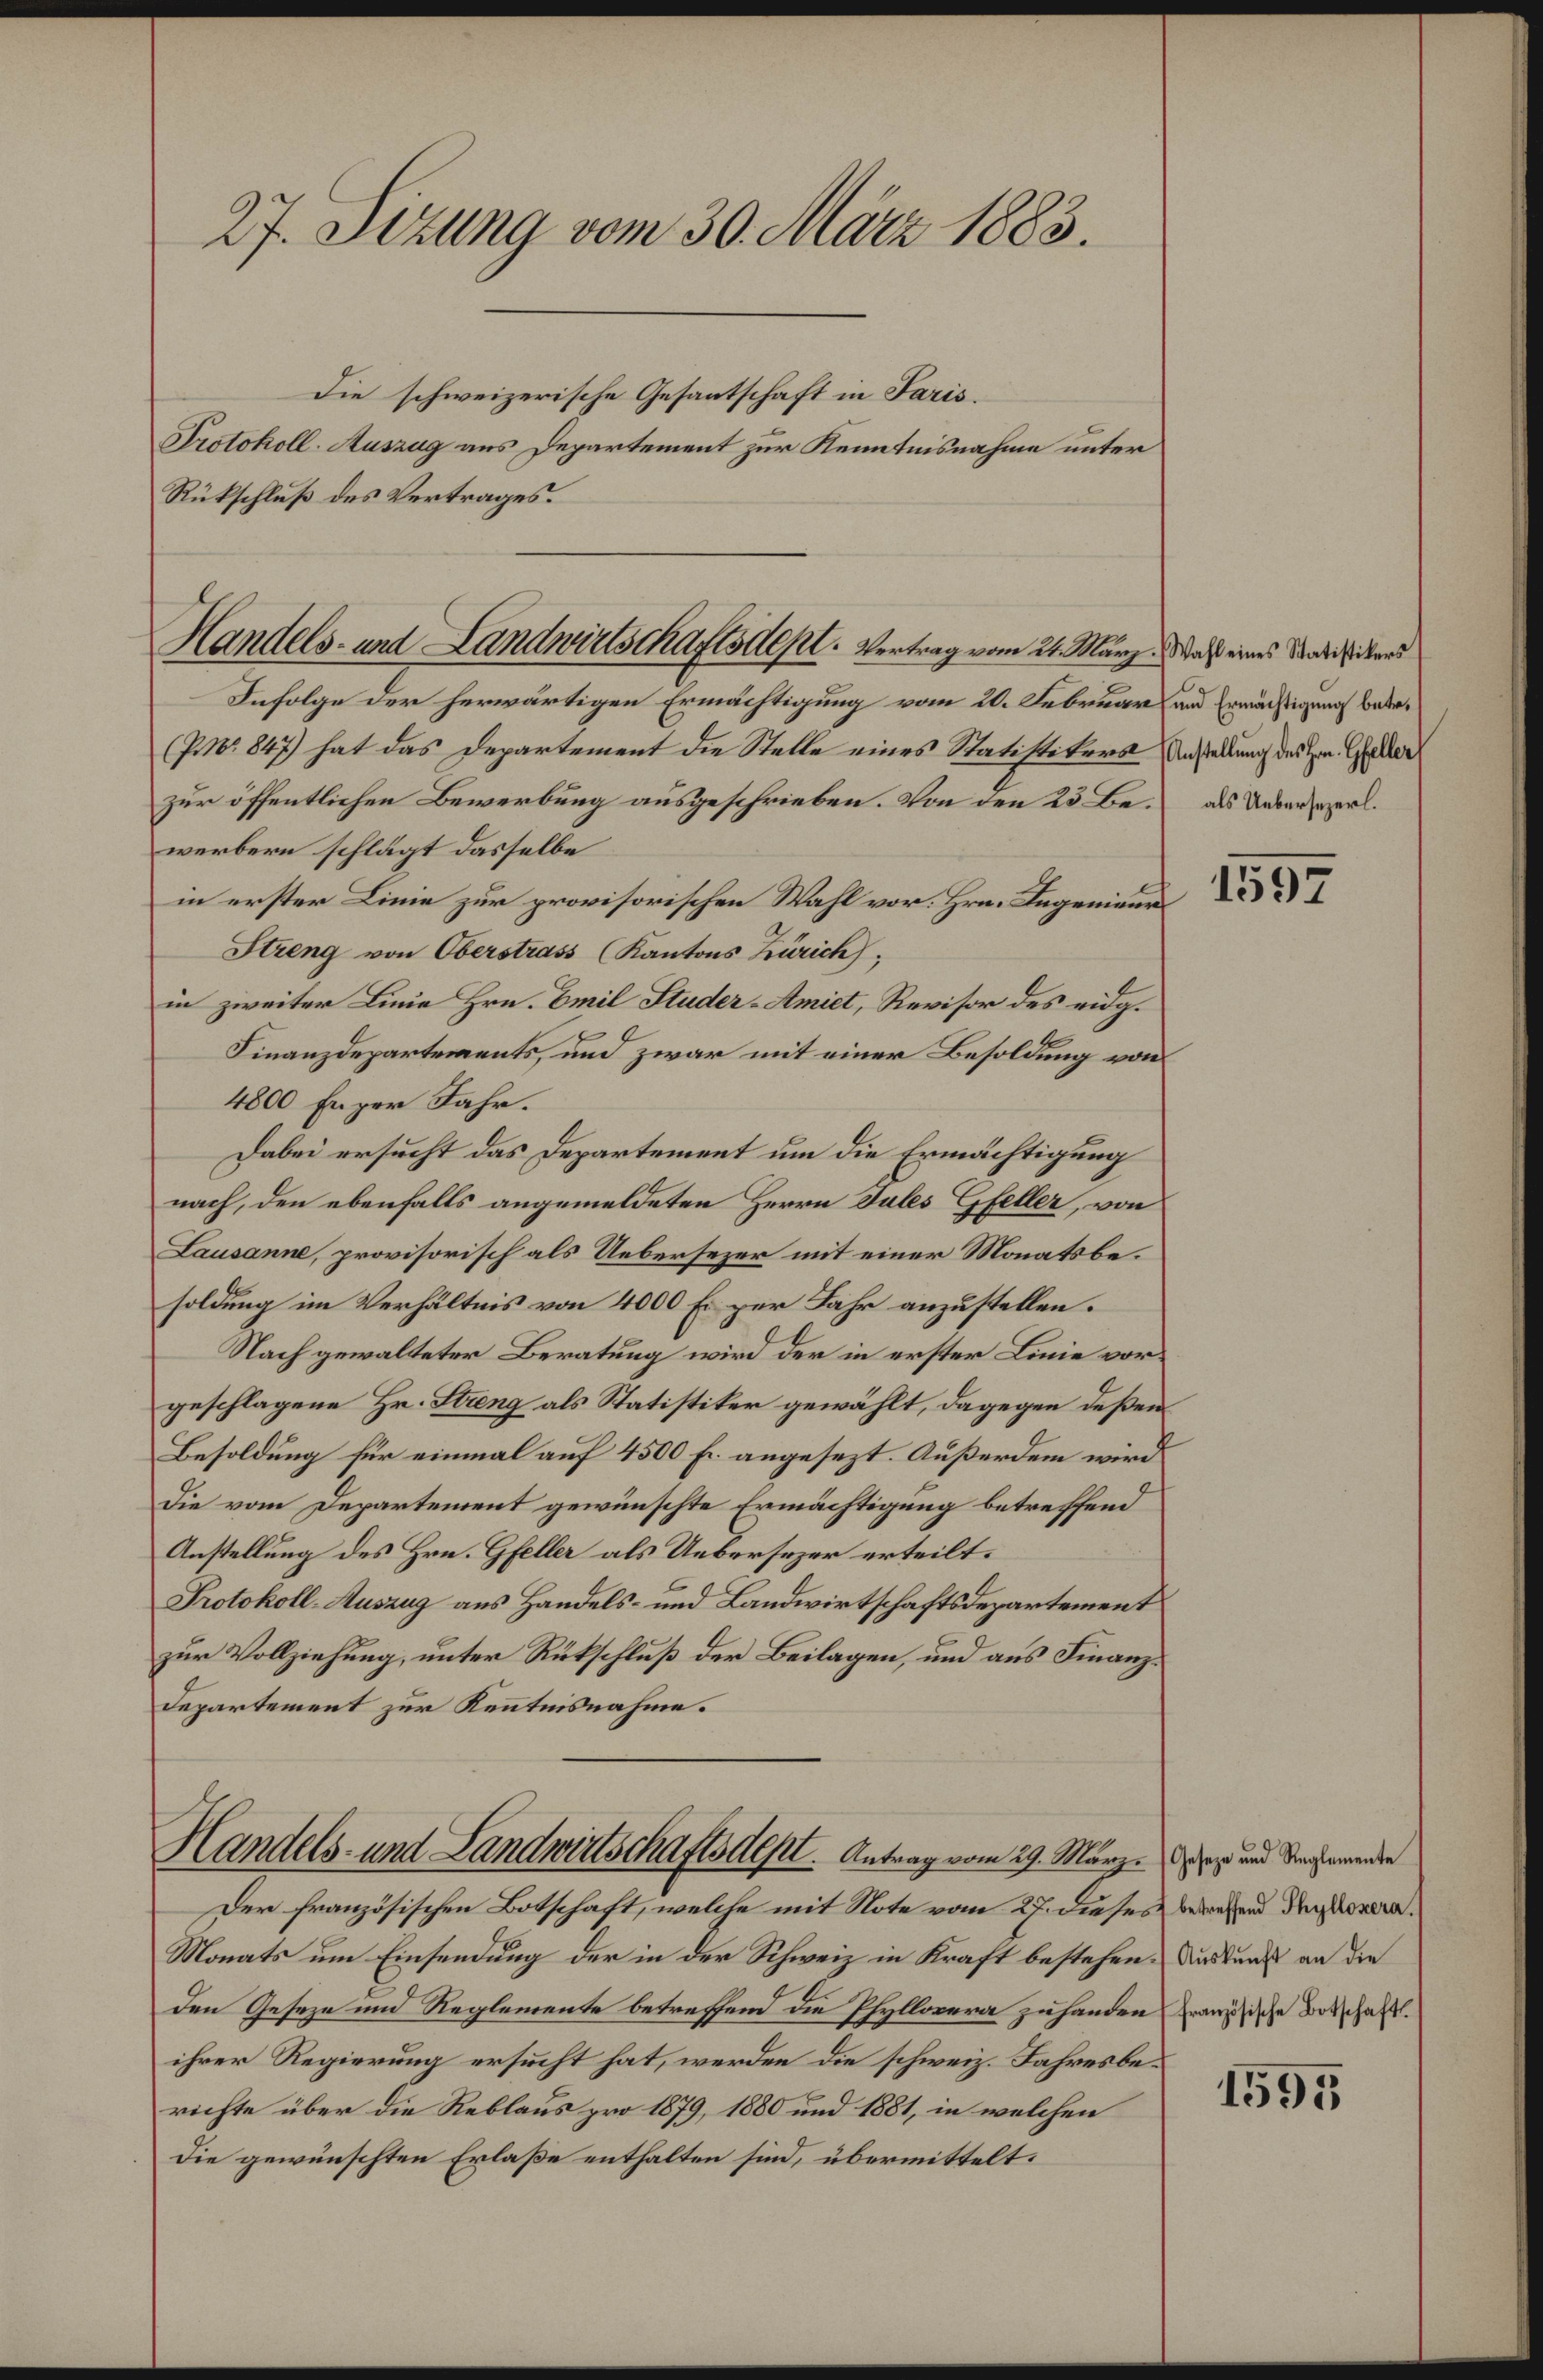
27. Sizung vom 30. März 1883.

Die schweizerische Gesantschaft in Paris.
Protokoll-Auszug aus Departement zur Kenntnisnahme unter
Rückschluß des Vertrages.

Handels- und Landwirtschaftsdept. Vertrag vom 24. März, daß eines Stadeisitend

Infolge der herwärtigen Ermächtigung vom 20. Februar und Ermächtigung bede¬
(P.Nr. 847) hat das Departement die Stelle eines Statistikers Anstellung des Hrn. Galler
zur öffentlichen Bewerbung ausgeschrieben. Von den 23 Be- als Uebersezerl.
werbern schlägt dasselbe
in erster Linie zur provisorischen Wahl vor. Hrn. Angenieur
Streng von Oberstrass (Kantons Zürich
in zweiter Linie Hrn. Emil Studer-Amiet, Revisor des eidg¬
Finanzdepartements, und zwar mit einer Besoldung von
4800 Enger Jahr.
Dabei ersucht das Departement um die Ermächtigung
nach, den ebenfalls angemeldeten Herrn Jules Gfeller, von
Lausanne, provisorisch als Uebersezer mit einer Monatsbesoldung im Verhältnis von 4000 Er zur Jahr anzustellen.
Nach gewalteter Beratung wird der in erster Linie vorgeschlagene Hr. Streng als Statistiker gewählt, dagegen deßen
Besoldung für einmal auf 4500 Fr. angesezt. Außerdem wird
Die vom Departement gewünschte Ermächtigung betreffend
Anstellung des Hrn. Gfeller als Uebersezer erteilt.
Protokoll-Auszug aus Handels- und Landwirtschaftsdepartement
zur Vollziehung, unter Rückschluß der Beilagen, und aus Finanz¬
Departement zur Kenntnisnahme.

Handels- und Landwirtschaftsdest. Antrag vom 29. März und Seewende

Der französischen Botschaft, welche mit Note vom 27. dieses berufend der Vorare.
Monats um Einsendung der in der Schweiz in Kraft bestehen. Du und an die
den Geseze und Reglemente betreffend die Phyllovera zu handen mische Botschaft.
ihrer Regierung ersucht hat, werden die schweiz. Jahresberichte über die Reblaus pro 1879, 1880 und 1881, in welchen
die gewünschten Erlaße enthalten sind, übermittelt:

1597

1595